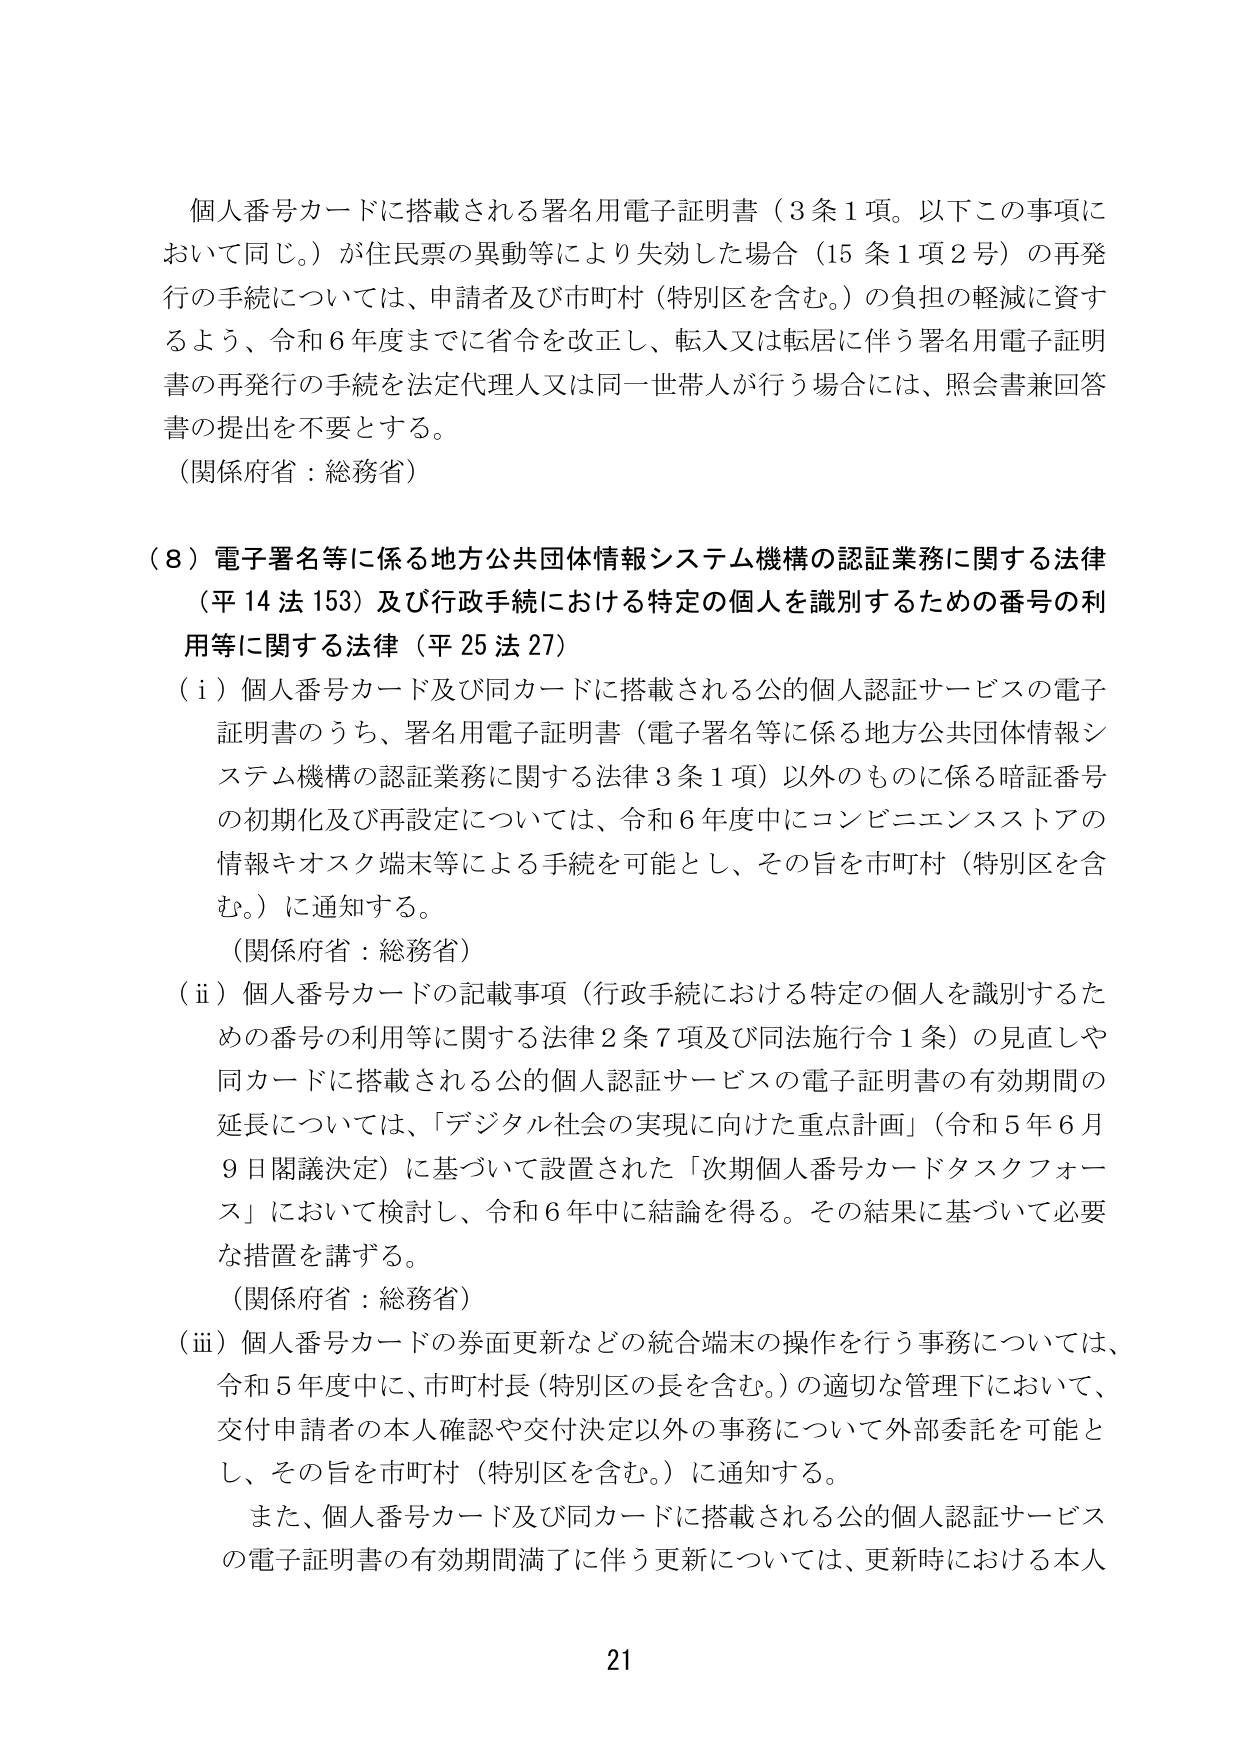
個人番号カードに搭載される署名用電子証明書（3条1項。以下この事項において同じ。）が住民票の異動等により失効した場合（15条1項2号）の再発行の手続については、申請者及び市町村（特別区を含む。）の負担の軽減に資するよう、令和6年度までに省令を改正し、転入又は転居に伴う署名用電子証明書の再発行の手続を法定代理人又は同一世帯人が行う場合には、照会書兼回答書の提出を不要とする。

（関係府省：総務省）

（8）電子署名等に係る地方公共団体情報システム機構の認証業務に関する法律（平14法153）及び行政手続における特定の個人を識別するための番号の利用等に関する法律（平25法27）

（i）個人番号カード及び同カードに搭載される公的個人認証サービスの電子証明書のうち、署名用電子証明書（電子署名等に係る地方公共団体情報システム機構の認証業務に関する法律3条1項）以外のものに係る暗証番号の初期化及び再設定については、令和6年度中にコンビニエンスストアの情報キオスク端末等による手続を可能とし、その旨を市町村（特別区を含む。）に通知する。

（関係府省：総務省）

（ii）個人番号カードの記載事項（行政手続における特定の個人を識別するための番号の利用等に関する法律2条7項及び同法施行令1条）の見直しや同カードに搭載される公的個人認証サービスの電子証明書の有効期間の延長については、「デジタル社会の実現に向けた重点計画」（令和5年6月9日閣議決定）に基づいて設置された「次期個人番号カードタスクフォース」において検討し、令和6年中に結論を得る。その結果に基づいて必要な措置を講ずる。

（関係府省：総務省）

（iii）個人番号カードの券面更新などの統合端末の操作を行う事務については、令和5年度中に、市町村長（特別区の長を含む。）の適切な管理下において、交付申請者の本人確認や交付決定以外の事務について外部委託を可能とし、その旨を市町村（特別区を含む。）に通知する。

また、個人番号カード及び同カードに搭載される公的個人認証サービスの電子証明書の有効期間満了に伴う更新については、更新時における本人

21